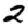
Digit: 2